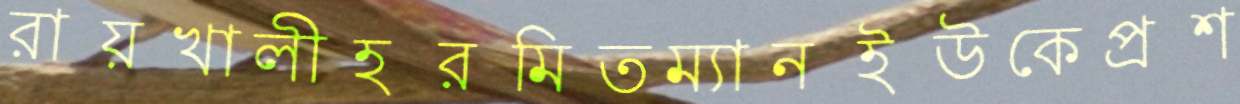
রায়খালীহরমিতম্যানইউকেপ্রশ